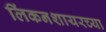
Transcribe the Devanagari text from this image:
लिंकनशायरच्या